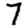
Digit: 7